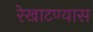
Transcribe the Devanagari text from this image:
रेखाटण्यास